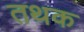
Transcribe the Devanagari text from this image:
तथक